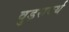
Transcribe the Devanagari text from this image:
वुड्सवर्थ